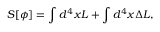
S [ \phi ] = \int d ^ { 4 } x { \cal L } + \int d ^ { 4 } x { \Delta } { \cal L } ,